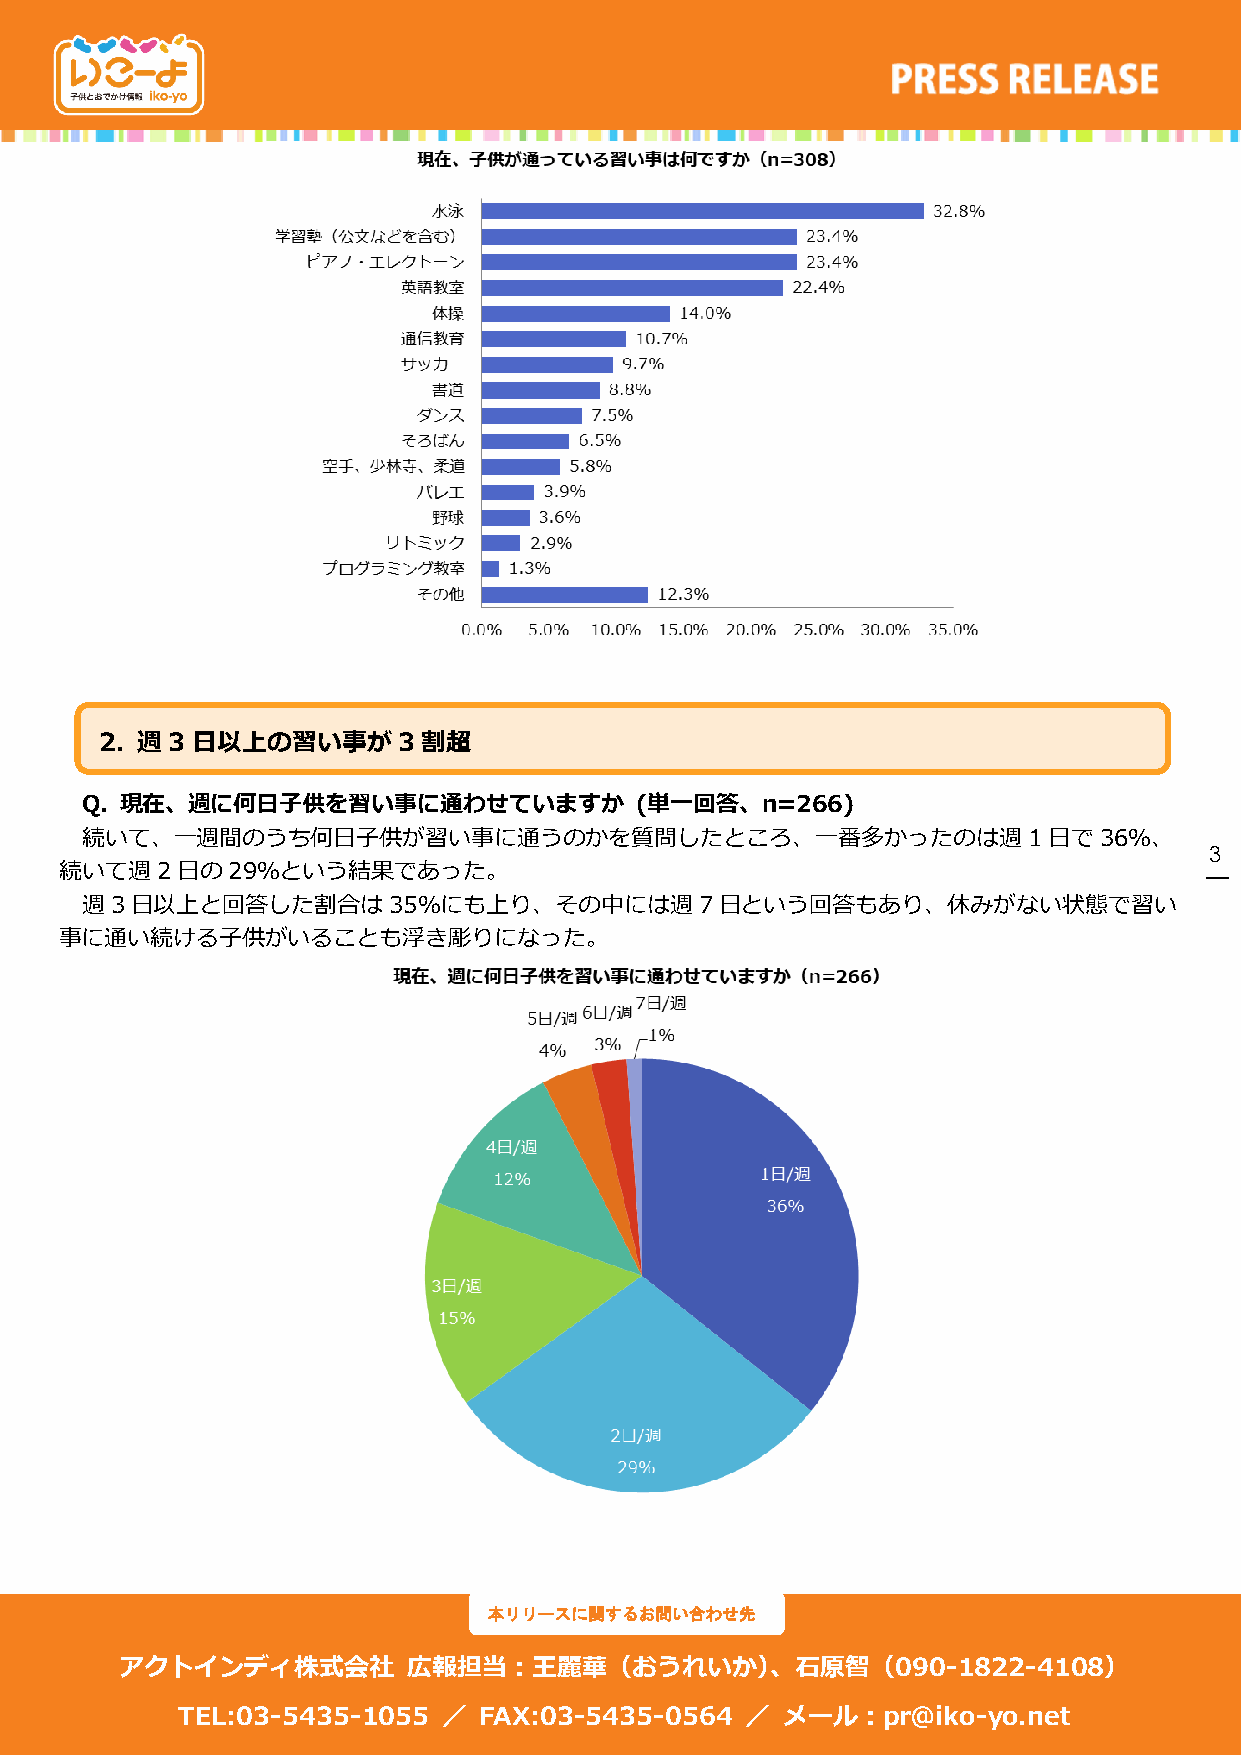
2. 週3 日以上の習い事が     3 割超
 Q8. 現在、週に何日子供を習い事に通わせていますか           (単一回答、n=266)
 続いて、一週間のうち何日子供が習い事に通うのかを質問したところ、一番多かったのは週1日で36％、
 3
 続いて週2日の29％という結果であった。
 週3日以上と回答した割合は35％にも上り、その中には週7日という回答もあり、休みがない状態で習い
 事に通い続ける子供がいることも浮き彫りになった。
 本リリースに関するお問い合わせ先
 アクトインディ株式会社        広報担当：王麗華（おうれいか）、石原智（090-1822-4108）
 TEL:03-5435-1055 ／  FAX:03-5435-0564 ／  メール：pr@iko-yo.net